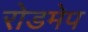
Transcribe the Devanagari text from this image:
रोडमेप